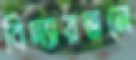
বিদ্যায়তনে